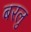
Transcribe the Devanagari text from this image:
बरलु